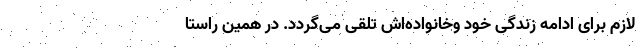
لازم برای ادامه زندگی خود وخانواده‌اش تلقی می‌گردد. در همین راستا